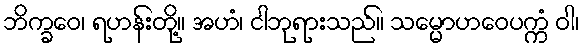
ဘိက္ခဝေ၊ ရဟန်းတို့။ အဟံ၊ ငါဘုရားသည်။ သမ္မောဟဝေပက္ကံ ဝါ၊